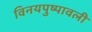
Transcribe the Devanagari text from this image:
विनयपुष्पावली